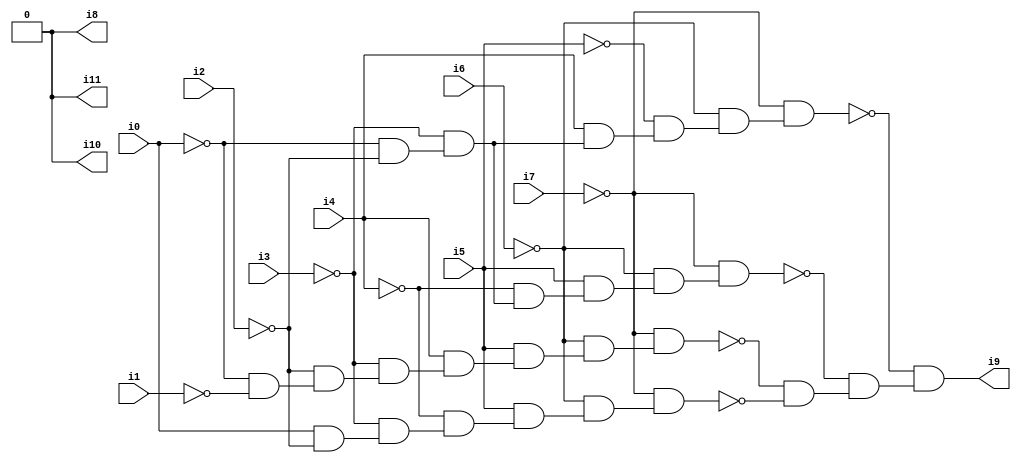
// Benchmark "SKOLEMFORMULA" written by ABC on Mon May  4 05:27:42 2020

module SKOLEMFORMULA ( 
    i0, i1, i2, i3, i4, i5, i6, i7,
    i8, i9, i10, i11  );
  input  i0, i1, i2, i3, i4, i5, i6, i7;
  output i8, i9, i10, i11;
  wire n14, n15, n16, n17, n18, n19, n20, n21, n22, n23, n24, n25, n26, n27,
    n28, n29, n30, n31, n32, n33, n34, n35, n36, n37, n38;
  assign n14 = ~i0 & ~i1;
  assign n15 = ~i2 & n14;
  assign n16 = ~i3 & n15;
  assign n17 = i4 & n16;
  assign n18 = i5 & n17;
  assign n19 = ~i6 & n18;
  assign n20 = ~i7 & n19;
  assign n21 = i0 & ~i2;
  assign n22 = ~i3 & n21;
  assign n23 = ~i4 & n22;
  assign n24 = i5 & n23;
  assign n25 = ~i6 & n24;
  assign n26 = ~i7 & n25;
  assign n27 = ~i0 & ~i2;
  assign n28 = ~i3 & n27;
  assign n29 = ~i4 & n28;
  assign n30 = i5 & n29;
  assign n31 = ~i6 & n30;
  assign n32 = ~i7 & n31;
  assign n33 = i4 & n28;
  assign n34 = ~i5 & n33;
  assign n35 = ~i6 & n34;
  assign n36 = ~i7 & n35;
  assign n37 = ~n20 & ~n26;
  assign n38 = ~n32 & n37;
  assign i9 = ~n36 & n38;
  assign i8 = 1'b0;
  assign i10 = 1'b0;
  assign i11 = 1'b0;
endmodule